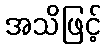
အသိဖြင့်